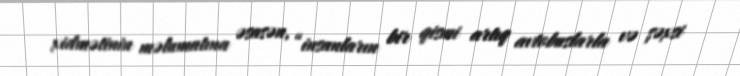
xidmətinin məlumatına əsasən, “insanların bir qismi artıq avtobuslarla və şəxsi